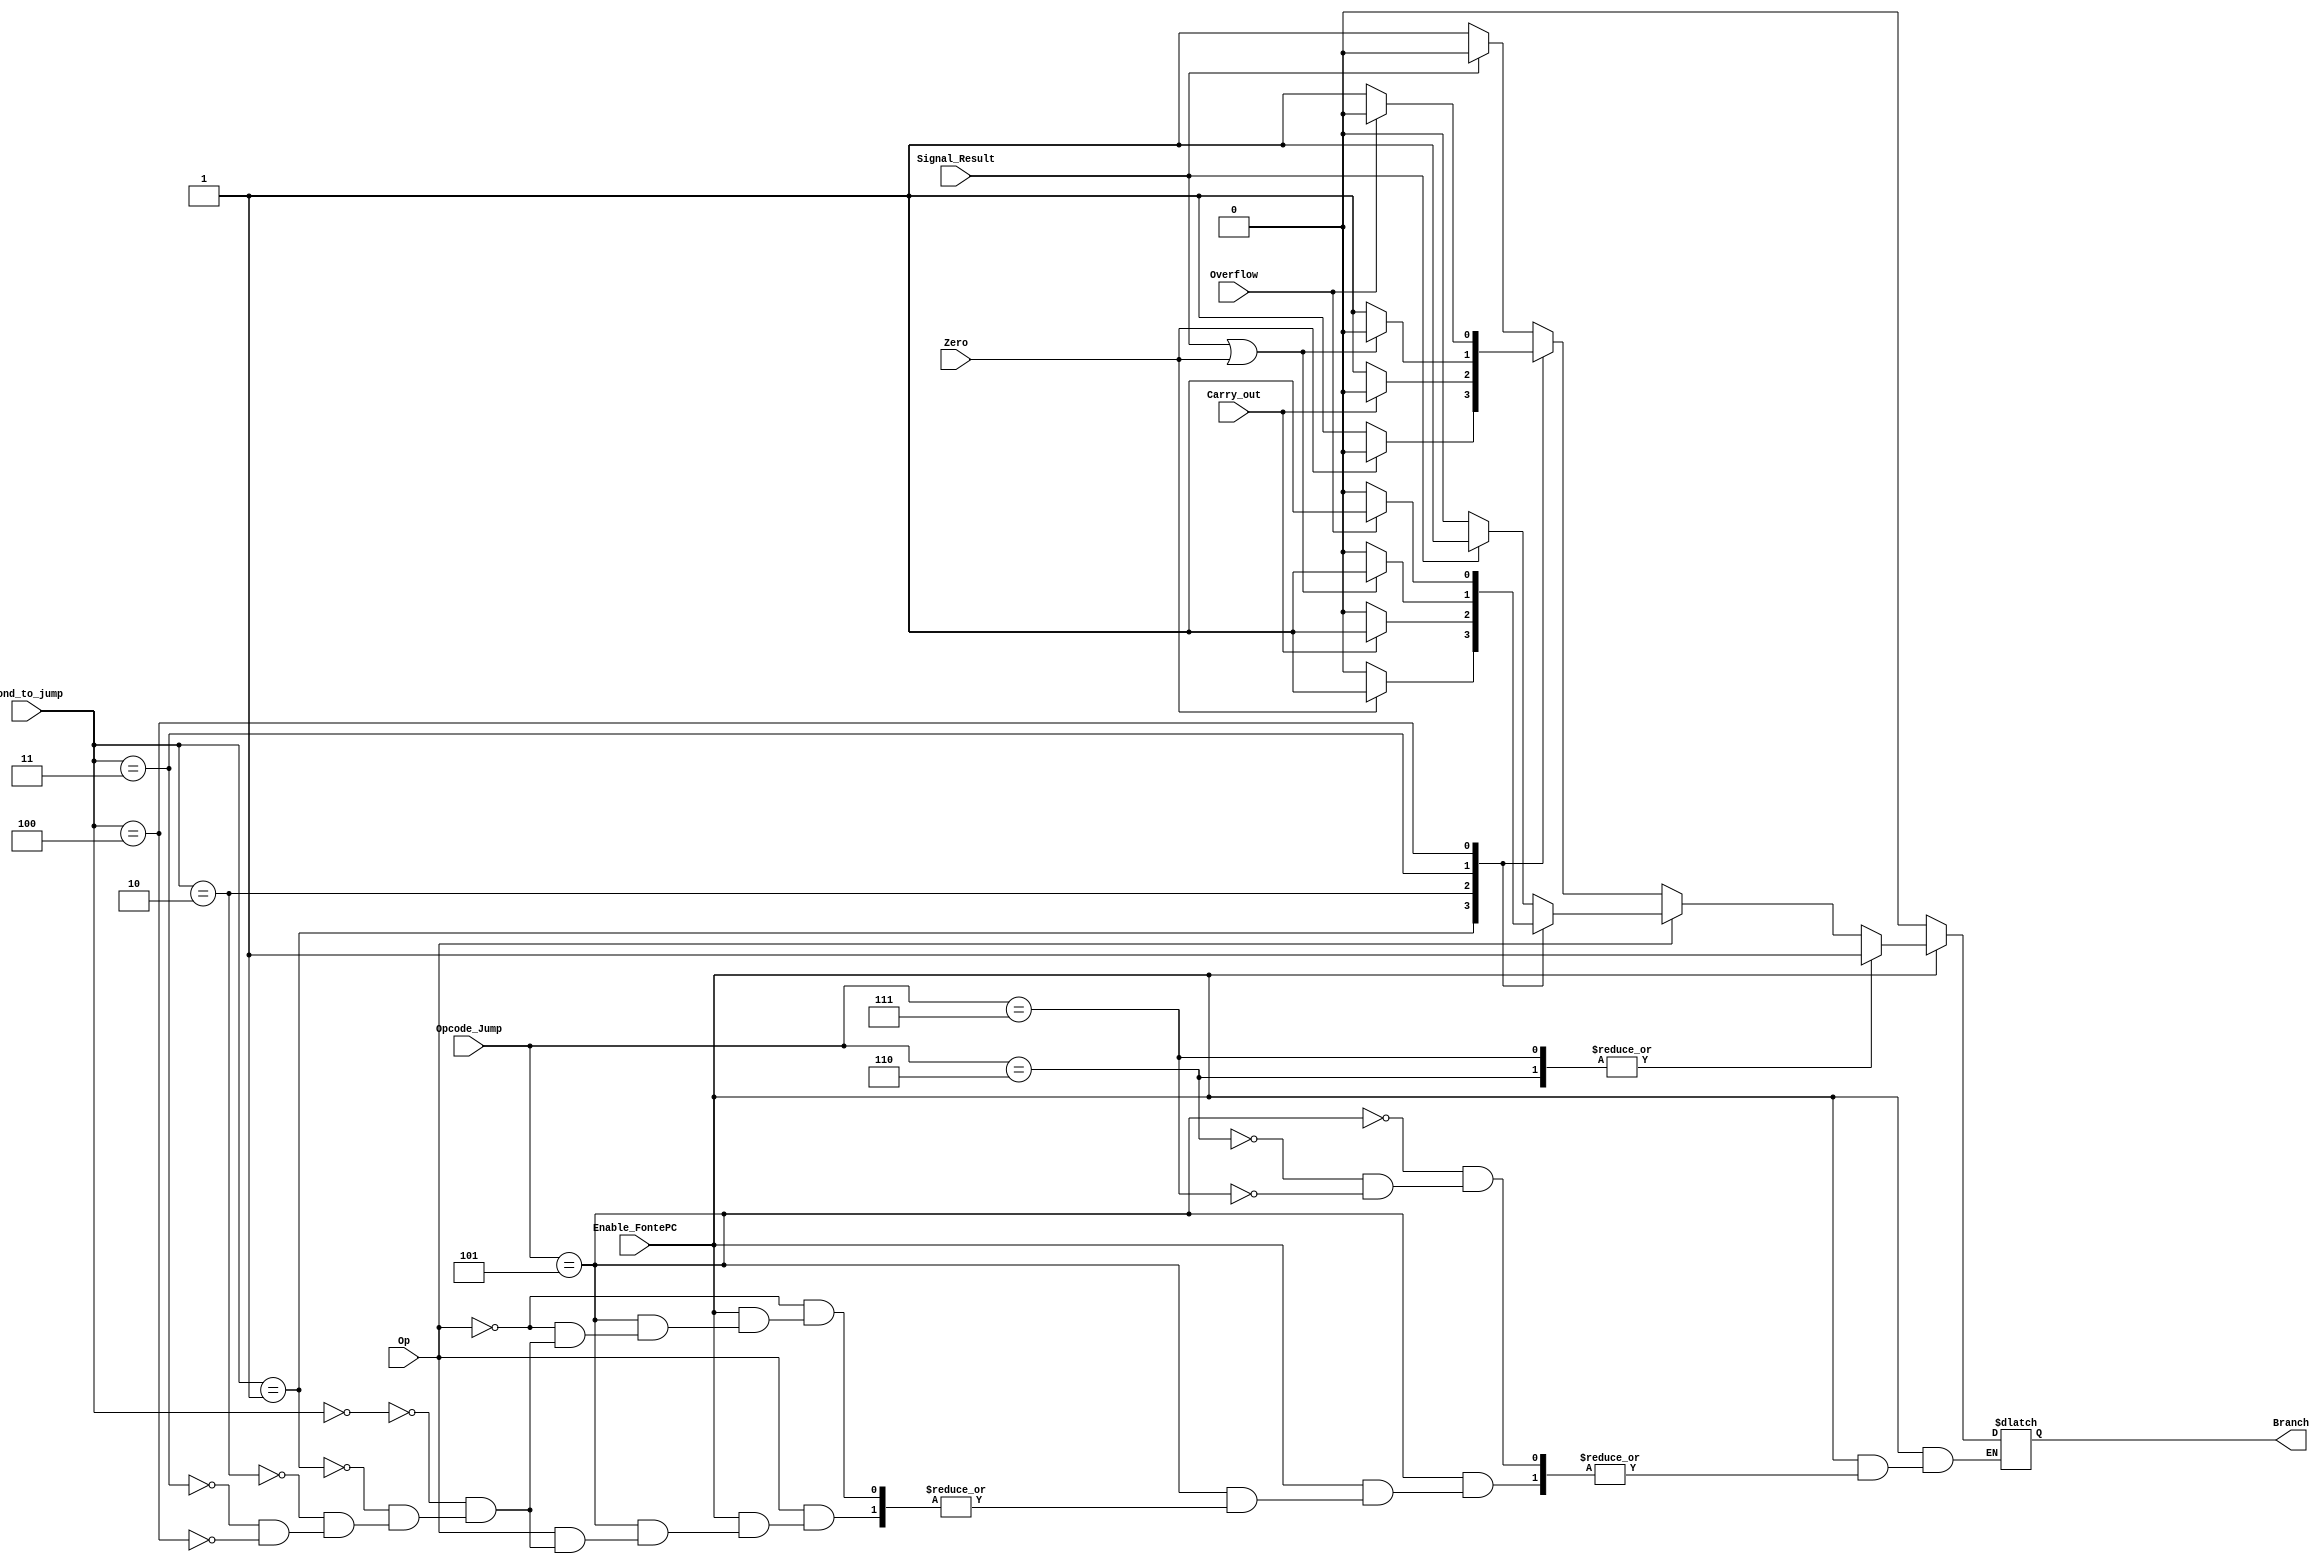
module testador_salto(
			Enable_FontePC,
			Opcode_Jump,
			Op,
			Cond_to_jump,
			Signal_Result,
			Carry_out,
			Overflow,
			Zero,
			Branch
			);

/*
OP
	-> 1 = FALSE
	-> 0 = TRUE
*/
localparam 
	COND_TO_JUMP_NEG				 		= 3'b000,
	COND_TO_JUMP_ZERO						= 3'b001,
	COND_TO_JUMP_CARRY					= 3'b010,
	COND_TO_JUMP_NEG_ZERO 				= 3'b011,
	COND_TO_JUMP_OVERFLOW				= 3'b100
	;
localparam
	JUMP_CONDICIONAL		= 3'b101,
	JUMP_INCONDICIONAL	= 3'b110,
	JUMP_REGISTER			= 3'b111
	;

input wire Enable_FontePC, Op, Signal_Result, Carry_out, Overflow, Zero;
input wire [3:0] Cond_to_jump;
input wire [2:0] Opcode_Jump;
/*
Branch -> 1 saltar
Branch -> 0 PC+4
*/
output reg Branch; 


always@ ( * ) begin
	//IS A JUMP OPERATION, THE UC IDENTIFY THIS
	if(Enable_FontePC) begin
		case(Opcode_Jump)
			//CONDITIONAL JUMP
			JUMP_CONDICIONAL: begin
				//A jt. operation
				if(Op) begin
					case ( Cond_to_jump )
						COND_TO_JUMP_NEG: begin
							if(Signal_Result) begin
								Branch = 1'b1;
							end
							else begin
								Branch = 1'b0;
							end
						end
						COND_TO_JUMP_ZERO: begin
							if(Zero) begin
								Branch = 1'b1;
							end
							else begin
								Branch = 1'b0;
							end
						end
						COND_TO_JUMP_CARRY: begin
							if(Carry_out) begin
								Branch = 1'b1;
							end
							else begin
								Branch = 1'b0;
							end
						end
						COND_TO_JUMP_NEG_ZERO: begin
							if(Signal_Result | Zero) begin
								Branch = 1'b1;
							end
							else begin
								Branch = 1'b0;
							end
						end
						COND_TO_JUMP_OVERFLOW: begin
							if(Overflow) begin
								Branch = 1'b1;
							end
							else begin
								Branch = 1'b0;
							end
						end
					endcase
				end
				//A jf. operation
				else begin
					case (Cond_to_jump)
						COND_TO_JUMP_NEG: begin
							if(Signal_Result) begin
								Branch = 1'b0;
							end
							else begin
								Branch = 1'b1;
							end
						end
						COND_TO_JUMP_ZERO: begin
							if(Zero) begin
								Branch = 1'b0;
							end
							else begin
								Branch = 1'b1;
							end
						end
						COND_TO_JUMP_CARRY: begin
							if(Carry_out) begin
								Branch = 1'b0;
							end
							else begin
								Branch = 1'b1;
							end
						end
						COND_TO_JUMP_NEG_ZERO: begin
							if(Signal_Result | Zero) begin
								Branch = 1'b0;
							end
							else begin
								Branch = 1'b1;
							end
						end
						COND_TO_JUMP_OVERFLOW: begin
							if(Overflow) begin
								Branch = 1'b0;
							end
							else begin
								Branch = 1'b1;
							end
						end
					endcase
				end			
			end
			//INCONDITIONAL JUMP
			JUMP_INCONDICIONAL: begin
				Branch = 1'b1;
			end
			//REGISTER JUMP
			JUMP_REGISTER: begin
				Branch = 1'b1;
			end
		endcase
	end
	else begin
		Branch = 1'b0;
	end
end


endmodule